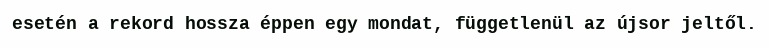
esetén a rekord hossza éppen egy mondat, függetlenül az újsor jeltől.